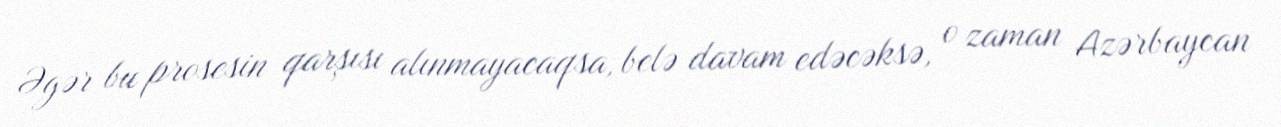
Əgər bu prosesin qarşısı alınmayacaqsa, belə davam edəcəksə, o zaman Azərbaycan